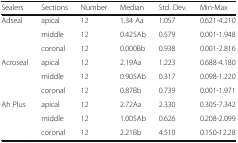
<table><thead><tr><td><b>Sealers</b></td><td><b>Sections</b></td><td><b>Number</b></td><td><b>Median</b></td><td><b>Std. Dev.</b></td><td><b>Min-Max</b></td></tr></thead><tbody><tr><td rowspan="3">Adseal</td><td>apical</td><td>12</td><td>1.34 Aa</td><td>1.057</td><td>0.621-4.210</td></tr><tr><td>middle</td><td>12</td><td>0.425Ab</td><td>0.579</td><td>0.001-1.948</td></tr><tr><td>coronal</td><td>12</td><td>0.000Bb</td><td>0.938</td><td>0.001-2.816</td></tr><tr><td rowspan="3">Acroseal</td><td>apical</td><td>12</td><td>2.19Aa</td><td>1.223</td><td>0.688-4.180</td></tr><tr><td>middle</td><td>12</td><td>0.905Ab</td><td>0.317</td><td>0.098-1.220</td></tr><tr><td>coronal</td><td>12</td><td>0.87Bb</td><td>0.739</td><td>0.001-1.971</td></tr><tr><td rowspan="3">Ah Plus</td><td>apical</td><td>12</td><td>2.72Aa</td><td>2.330</td><td>0.305-7.342</td></tr><tr><td>middle</td><td>12</td><td>1.005Ab</td><td>0.626</td><td>0.208-2.099</td></tr><tr><td>coronal</td><td>12</td><td>2.21Bb</td><td>4.510</td><td>0.150-12.28</td></tr></tbody></table>